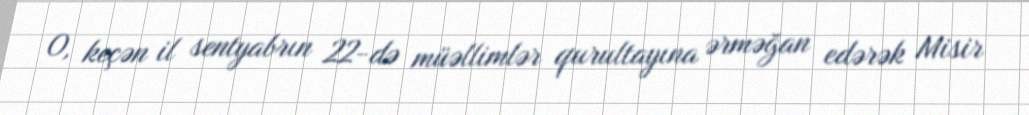
O, keçən il sentyabrın 22-də müəllimlər qurultayına ərməğan edərək Misir